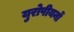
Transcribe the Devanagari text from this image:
युरोपीयनों